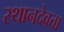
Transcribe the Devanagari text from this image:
स्थानदेवता